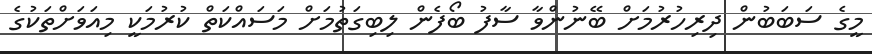
މީގެ ސަބަބުން ދިރިހުރުމަށް ބޭނުންވާ ސާފު ބޯފެން ލިބިގަތުމަށް މަސައްކަތް ކުރުމަކީ މިއަވަށްތަކުގެ